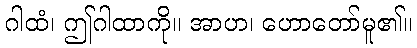
ဂါထံ၊ ဤဂါထာကို။ အာဟ၊ ဟောတော်မူ၏။